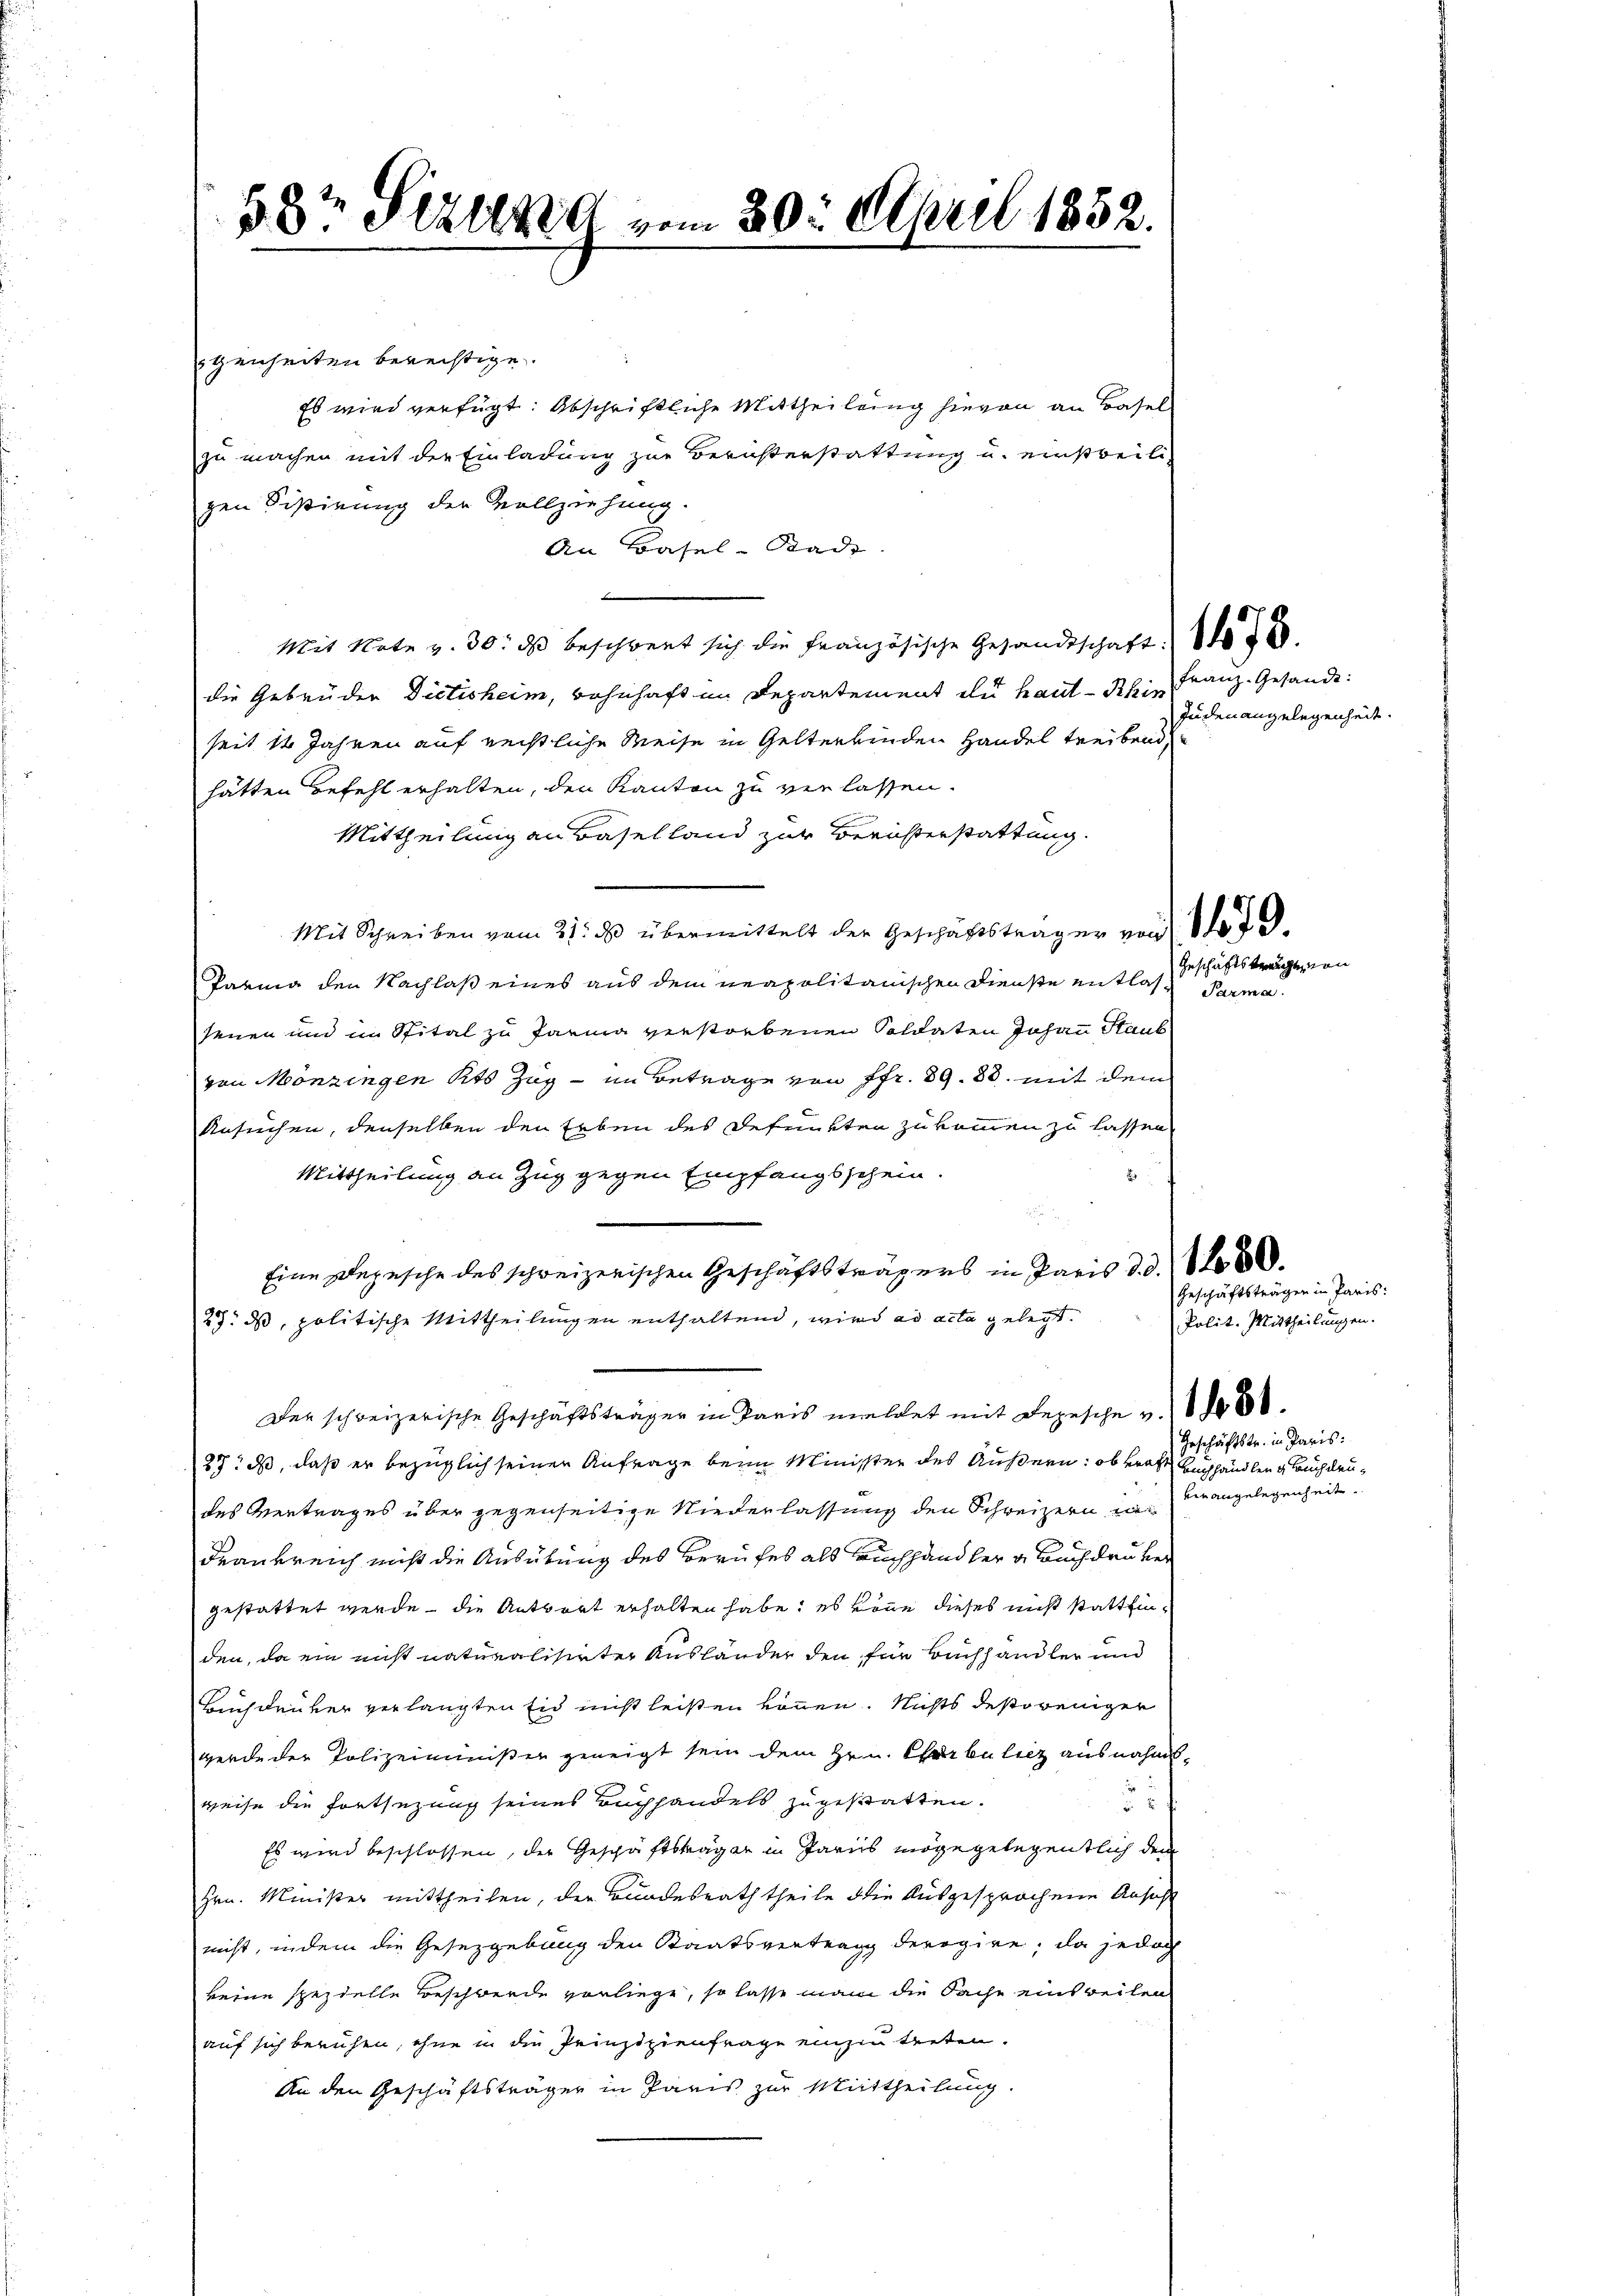
58 Sizung vom 30. April 1852.

genheiten berechtige.
Es wird verfügt: Abschriftliche Mittheilung hievon an Basel
zu machen mit der Einladung zur Berichterstattung u. einstweili-
gen Distirung der Vollziehung
An Basel-Stadt
Mit Note v. 30. ds beschwert sich die Französische Gesandtschaft.
die Gebrüder Dictisheim, wohnhaft im Departement du haut Khin
seit 14 Jahren auf rechtliche Weise in Gelterbinden Handel treibend,
hätten Befehl erhalten, den Kanton zu verlassen.
Mittheilung an Baselland zur Berichterstattung.
Mit Schreiben vom 21. ds übermittelt der Geschäftsträger von Ste
Parina den Nachlaß eines aus dem neapolitanischen Dienste entlas geschäftstragenen
senen und im Spital zu Parma verstorbenen Soldaten Johann Staub
von Mönzingen Kts Zug - im Betrage von fr. 89. 88. mit dem
Ansuchen, denselben den Erben des defunkten zukommen zu lassen
Mittheilung an Zug gegen Empfangsschein.
.
Eine Depesche des schweizerischen Geschäftsträgers in Paris d. d. 1 t 8800.
27. ds, politische Mittheilungen enthaltend, wird ad acta gelegt.
Der schweizerische Geschäftsträger in Paris meldet mit Depesche v. 1800.
23. ds, daß er bezüglich seiner Anfrage beim Minister des Äußern: ob vraft Buchhändlen & Buchdrudes Vertrages über gegenseitige Niederlassung den Schweizern war
Frankreich nicht die Ausübung des Berufes als Buchhandler a. Buchdruker
gestattet werde, die Antwort erhalten habe; es könne dieses nicht stattfinden, da ein nicht naturalisirter Ausländer den für Buchhändler und
Buchdruker verlangten Eid nicht leisten können. Nichts destoweniger
werde der Polizeiminister geneigt sein dem Hrn. Churbuliez ausnahmsweise die Fortsezung seines Buchhandels zugestatten.
2
Es wird beschlossen, der Geschäftsträger in Paris möge gelegentlich dem
Hrn. Minister mittheilen, der Bundesrath theile die Ausgesprochene Ansucht
nicht, indem die Gesetzgebung den Staatsvertrag derogire, da jedoch
keine spezielle Beschwerde vorliege, so lasse man die Sache einsweilen
auf sich beruhen, ohne in die Prinzipienfrage einzutreten.
An den Geschäftsträger in Paris zur Mittheilung.

Franz. Gesandt:
Judenangelegenheit.

Parma

Geschäftsträgen in Paris:

Polit. Mittheilungen.
Geschäftstr. in Paris:
verangelegenheit.